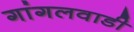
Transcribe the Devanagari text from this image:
गांगलवाडी